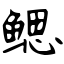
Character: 鳃